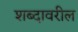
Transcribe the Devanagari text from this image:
शब्दावरील